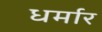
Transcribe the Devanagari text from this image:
धर्मार